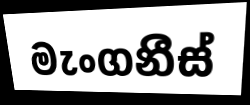
මැංගනීස්